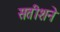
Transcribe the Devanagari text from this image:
सतीशने